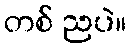
တစ် ညပဲ။